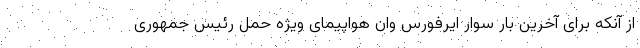
از آنکه برای آخرین بار سوار ایرفورس وان هواپیمای ویژه حمل رئیس‌ جمهوری